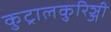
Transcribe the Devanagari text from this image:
कुट्रालकुरिञ्जी